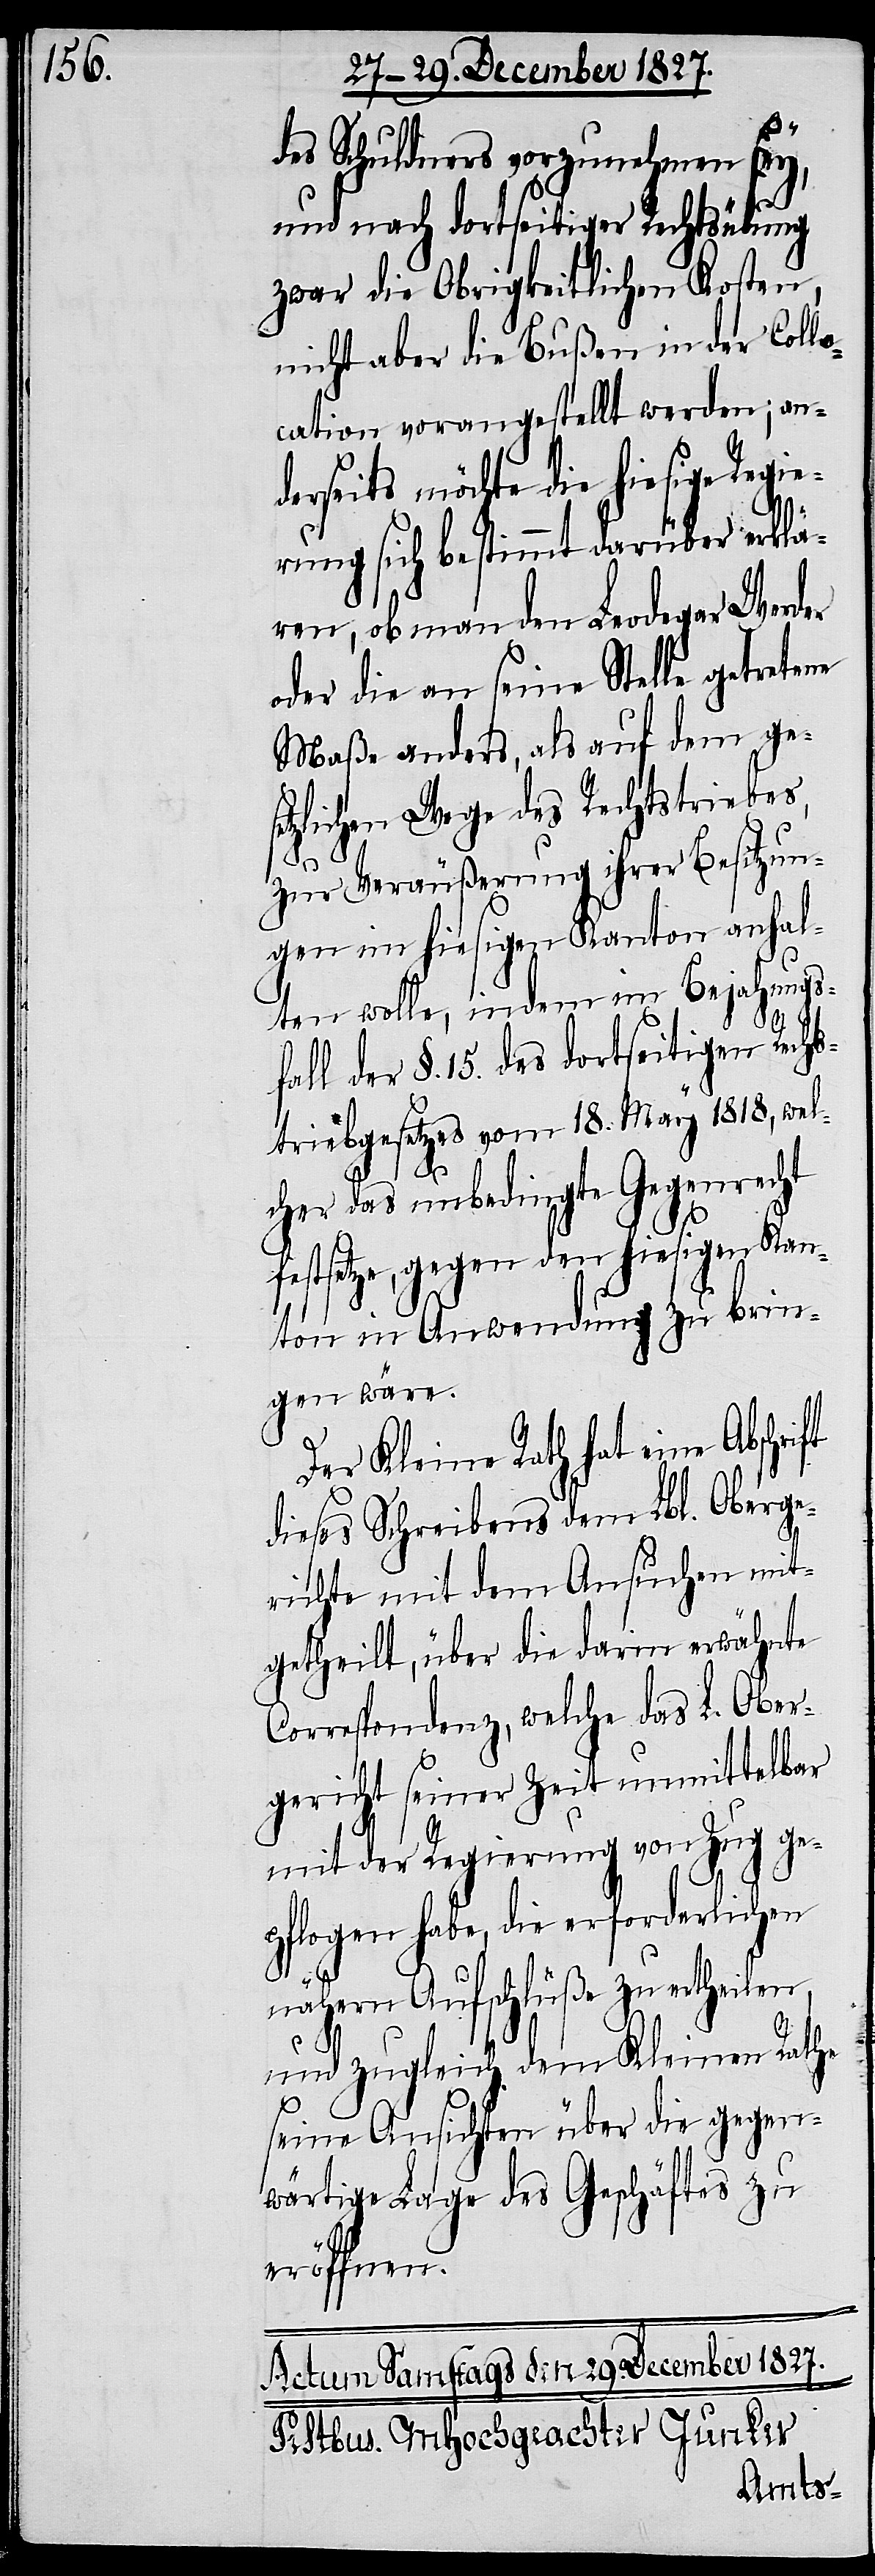
des Schuldners vorzunehmen
se¬
ft
und nach dortseitiger Rechtsübung
zwar die Obrigkeitlichen Kosten,
nicht aber die Bußen in der Coll¬
ocation vorangestellt werden; an¬
derseits möchte die hiesige Regie¬
rung sich bestimmt darüber erklä¬
ren, ob man den Leodegar Werder
oder die an seine Stelle getretene
Maße anders, als auf dem ges¬
etzlichen Wege des Rechtstriebes,
zur Veräußerung ihrer Besitzun¬
gen im hiesigen Kanton anhal¬
ten wolle, indem im Bejahungs¬
fall der §. 15. des dortseitigen Recht¬
striebgesetzes vom 18. May 1818, wel¬
cher das unbedingte Gegenrecht
festsetze, gegen den hiesigen Kan¬
ton in Anwendung zu brin¬
gen wäre.
Der Kleine Rath hat eine Abschri¬
dieses Schreibens dem Lbl. Oberge¬
richte mit dem Ansuchen mit¬
getheilt, über die darin erwähnte
Correspondenz, welche das L. Ober¬
gericht seiner Zeit unmittelbar
mit der Regierung von Zug ge¬
pflogen habe, die erforderlichen
nähern Aufschlüße zu ertheilen,
und zugleich dem Kleinen Rathe
seine Ansichten über die gegen¬
wärtige Lage des Geschäftes zu
eröffnen.